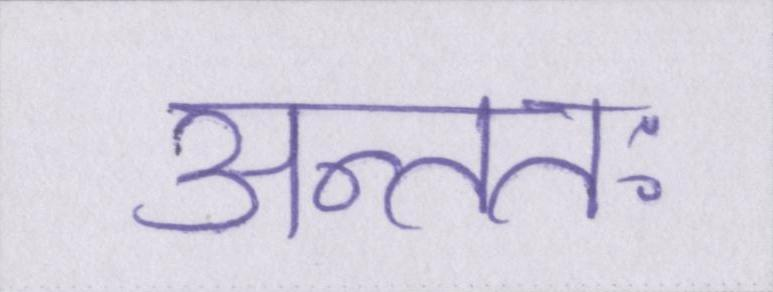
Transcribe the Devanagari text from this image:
अन्ततः